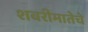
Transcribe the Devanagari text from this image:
शबरीमातेचे